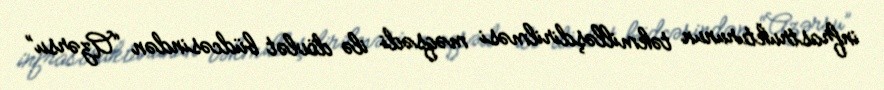
infrastrukturunun təkmilləşdirilməsi məqsədi ilə dövlət büdcəsindən “Azərsu”